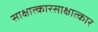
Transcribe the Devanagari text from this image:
साक्षात्कारसाक्षात्कार